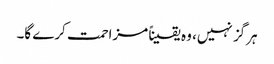
ہرگز نہیں، وہ یقیناً مزاحمت کرے گا۔